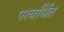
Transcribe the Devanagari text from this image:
परवर्धित